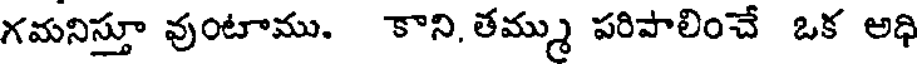
గమనిస్తూ వుంటాము. కాని, తమ్ము పరిపాలించే ఒక అధి